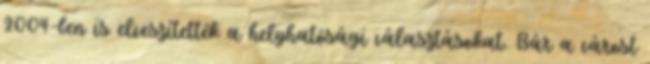
2004-ben is elveszítették a helyhatósági választásokat. Bár a várost